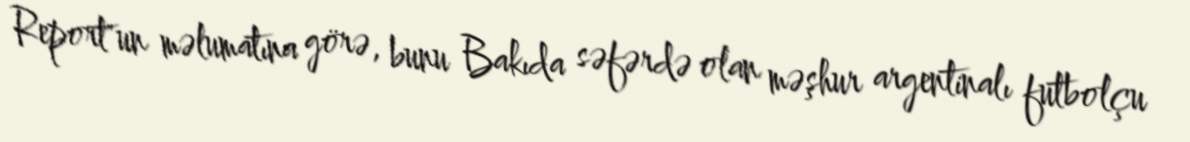
Report"un məlumatına görə, bunu Bakıda səfərdə olan məşhur argentinalı futbolçu